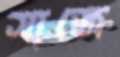
সাজে